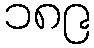
၁၈၉